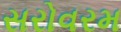
સરોવરમ